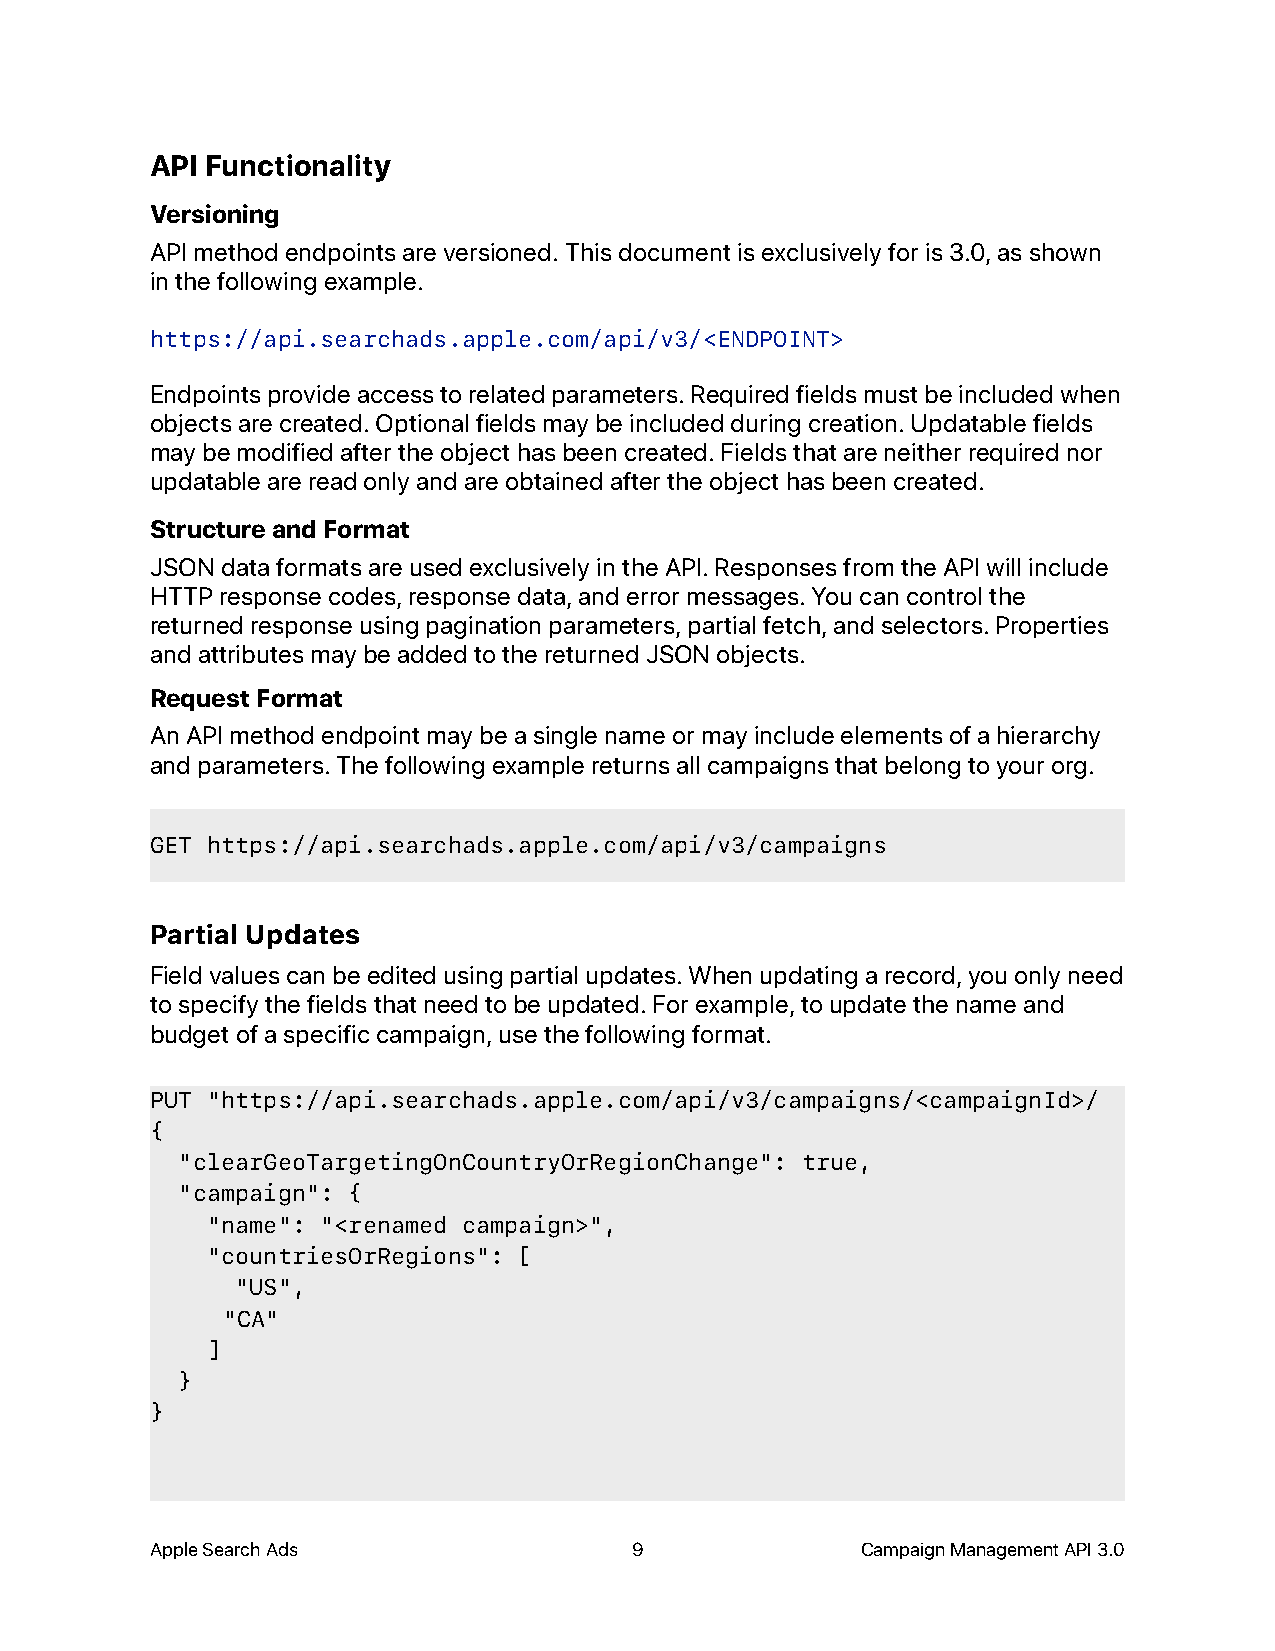
API Functionality
 Versioning
 API method endpoints are versioned. This document is exclusively for is 3.0, as shown
 in the following example.
 https://api.searchads.apple.com/api/v3/<ENDPOINT>
 Endpoints provide access to related parameters. Required fields must be included when
 objects are created. Optional fields may be included during creation. Updatable fields
 may be modified after the object has been created. Fields that are neither required nor
 updatable are read only and are obtained after the object has been created.
 Structure and Format
 JSON data formats are used exclusively in the API. Responses from the API will include
 HTTP response codes, response data, and error messages. You can control the
 returned response using pagination parameters, partial fetch, and selectors. Properties
 and attributes may be added to the returned JSON objects.
 Request Format
 An API method endpoint may be a single name or may include elements of a hierarchy
 and parameters. The following example returns all campaigns that belong to your org.
 GET https://api.searchads.apple.com/api/v3/campaigns
 Partial Updates
 Field values can be edited using partial updates. When updating a record, you only need
 to specify the fields that need to be updated. For example, to update the name and
 budget of a specific campaign, use the following format.
 PUT "https://api.searchads.apple.com/api/v3/campaigns/<campaignId>/
 {
 "clearGeoTargetingOnCountryOrRegionChange": true,
 "campaign": {
 "name": "<renamed campaign>",
 "countriesOrRegions": [
 "US",
 "CA"
 ]
 }
 }
 Apple Search Ads                9              Campaign Management API 3.0